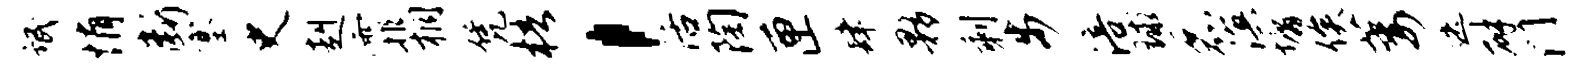
氓悄断塞史赳霏桐凭梧，活陶匣肆夥剩步涪球磊溟墉俟萎迭辟门